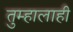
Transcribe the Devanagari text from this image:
तुम्हालाही